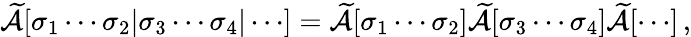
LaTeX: \widetilde{\cal A}[\sigma_{1}\cdots\sigma_{2}|\sigma_{3}\cdots\sigma_{4}|\cdots]=\widetilde{\cal A}[\sigma_{1}\cdots\sigma_{2}]\widetilde{\cal A}[\sigma_{3}\cdots\sigma_{4}]\widetilde{\cal A}[\cdots]\, ,